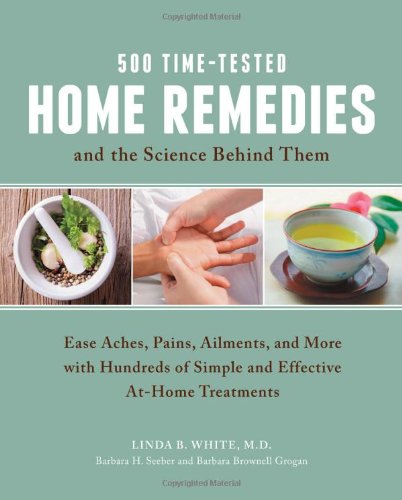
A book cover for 500 Time-Tested Home Remedies and the Science Behind Them: Ease Aches, Pains, Ailments, and More with Hundreds of Simple and Effective At-Home Treatments; Linda B. White; Health, Fitness & Dieting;